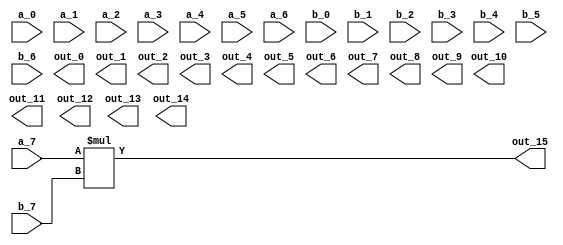
// This program was cloned from: https://github.com/lnis-uofu/OpenFPGA
// License: MIT License

//-------------------------------------------------------
//  Functionality: A 8-bit combinational multiply circuit
//-------------------------------------------------------

module mult8(a_0, a_1, a_2, a_3, a_4, a_5, a_6, a_7,
			b_0, b_1, b_2, b_3, b_4, b_5, b_6, b_7,
			out_0, out_1, out_2, out_3, out_4, out_5, out_6, out_7,
			out_8, out_9, out_10, out_11, out_12, out_13, out_14, out_15);
input a_0, a_1, a_2, a_3, a_4, a_5, a_6, a_7;
input b_0, b_1, b_2, b_3, b_4, b_5, b_6, b_7;
output out_0, out_1, out_2, out_3, out_4, out_5, out_6, out_7;
output out_8, out_9, out_10, out_11, out_12, out_13, out_14, out_15;

 assign a = {a_0, a_1, a_2, a_3, a_4, a_5, a_6, a_7};
 assign b = {b_0, b_1, b_2, b_3, b_4, b_5, b_6, b_7};
 assign out = {out_0, out_1, out_2, out_3, out_4, out_5, out_6, out_7, out_8, out_9, out_10, out_11, out_12, out_13, out_14, out_15};

 assign out = a*b;

endmodule